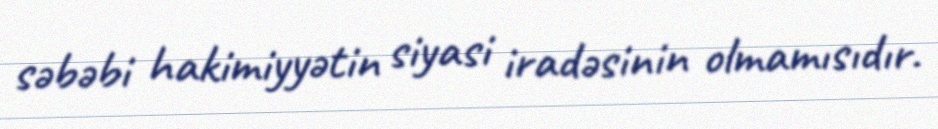
səbəbi hakimiyyətin siyasi iradəsinin olmamısıdır.